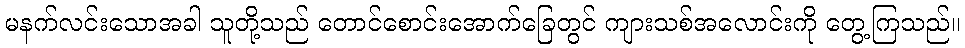
မနက်လင်းသောအခါ သူတို့သည် တောင်စောင်းအောက်ခြေတွင် ကျားသစ်အလောင်းကို တွေ့ကြသည်။